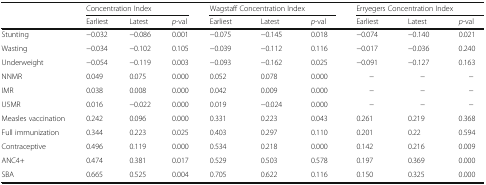
<table><thead><tr><td rowspan="2"></td><td colspan="3"><b>Concentration Index</b></td><td colspan="3"><b>Wagstaff Concentration Index</b></td><td colspan="3"><b>Erryegers Concentration Index</b></td></tr><tr><td><b>Earliest</b></td><td><b>Latest</b></td><td><b><i>p</i>-val</b></td><td><b>Earliest</b></td><td><b>Latest</b></td><td><b><i>p</i>-val</b></td><td><b>Earliest</b></td><td><b>Latest</b></td><td><b><i>p</i>-val</b></td></tr></thead><tbody><tr><td>Stunting</td><td>−0.032</td><td>−0.086</td><td>0.001</td><td>−0.075</td><td>−0.145</td><td>0.018</td><td>−0.074</td><td>−0.140</td><td>0.021</td></tr><tr><td>Wasting</td><td>−0.034</td><td>−0.102</td><td>0.105</td><td>−0.039</td><td>−0.112</td><td>0.116</td><td>−0.017</td><td>−0.036</td><td>0.240</td></tr><tr><td>Underweight</td><td>−0.054</td><td>−0.119</td><td>0.003</td><td>−0.093</td><td>−0.162</td><td>0.025</td><td>−0.091</td><td>−0.127</td><td>0.163</td></tr><tr><td>NNMR</td><td>0.049</td><td>0.075</td><td>0.000</td><td>0.052</td><td>0.078</td><td>0.000</td><td>−</td><td>−</td><td>−</td></tr><tr><td>IMR</td><td>0.038</td><td>0.008</td><td>0.000</td><td>0.042</td><td>0.009</td><td>0.000</td><td>−</td><td>−</td><td>−</td></tr><tr><td>U5MR</td><td>0.016</td><td>−0.022</td><td>0.000</td><td>0.019</td><td>−0.024</td><td>0.000</td><td>−</td><td>−</td><td>−</td></tr><tr><td>Measles vaccination</td><td>0.242</td><td>0.096</td><td>0.000</td><td>0.331</td><td>0.223</td><td>0.043</td><td>0.261</td><td>0.219</td><td>0.368</td></tr><tr><td>Full immunization</td><td>0.344</td><td>0.223</td><td>0.025</td><td>0.403</td><td>0.297</td><td>0.110</td><td>0.201</td><td>0.22</td><td>0.594</td></tr><tr><td>Contraceptive</td><td>0.496</td><td>0.119</td><td>0.000</td><td>0.534</td><td>0.218</td><td>0.000</td><td>0.142</td><td>0.216</td><td>0.009</td></tr><tr><td>ANC4+</td><td>0.474</td><td>0.381</td><td>0.017</td><td>0.529</td><td>0.503</td><td>0.578</td><td>0.197</td><td>0.369</td><td>0.000</td></tr><tr><td>SBA</td><td>0.665</td><td>0.525</td><td>0.004</td><td>0.705</td><td>0.622</td><td>0.116</td><td>0.150</td><td>0.325</td><td>0.000</td></tr></tbody></table>